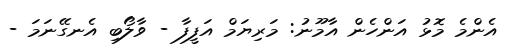
އެންމެ މޮޅު އަންހެން އާމޫނު: މަރިޔަމް އަފީފާ - ވާލޯބި އެނގޭނަމަ -